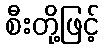
စီးတို့ဖြင့်